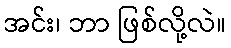
အင်း၊ ဘာ ဖြစ်လို့လဲ။